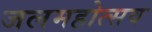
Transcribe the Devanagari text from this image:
जलमहोत्सव